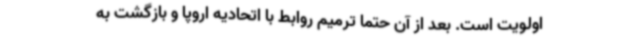
اولویت است. بعد از آن حتما ترمیم روابط با اتحادیه اروپا و بازگشت به